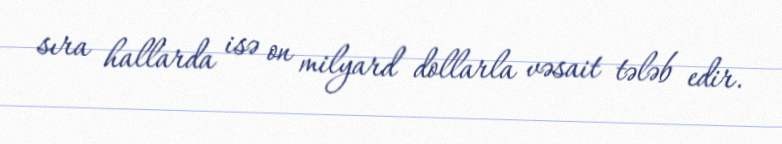
sıra hallarda isə on milyard dollarla vəsait tələb edir.